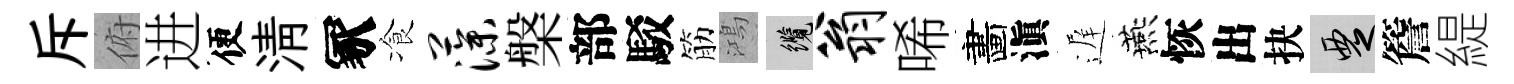
斥俯进便淸冢飡藻槃部駁筋鴻纜翁唏畵滇遅燕恢出抉覂簷緹